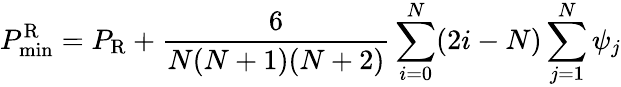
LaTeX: P_{\mathrm{min}}^{\mathrm R}=P_{\mathrm R}+{\frac{6}{N(N+1)(N+2)}}\sum_{i=0}^{N}(2i-N)\sum_{j=1}^{N}\psi_{j}